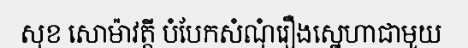
សុខ សោម៉ាវត្តី បំបែកសំណុំរឿងស្នេហាជាមួយ